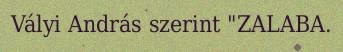
Vályi András szerint "ZALABA.